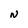
Character: N